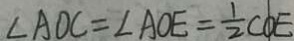
\angle A O C = \angle A O E = \frac { 1 } { 2 } C O E